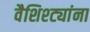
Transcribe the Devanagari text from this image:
वैशिश्ट्यांना